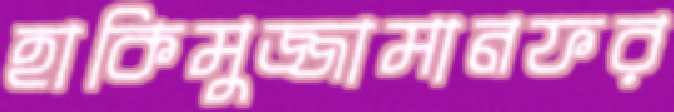
হাকিমুজ্জামানফর